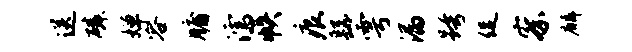
送磷婵容牖濡帙痕繇雩漏跨促察麟